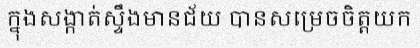
ក្នុងសង្កាត់ស្ទឹងមានជ័យ បានសម្រេចចិត្តយក